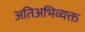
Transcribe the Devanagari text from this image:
अतिअभिव्यक्त